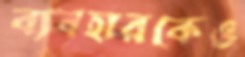
ব্যবহারকেও